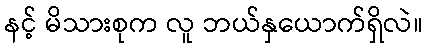
နင့် မိသားစုက လူ ဘယ်နှယောက်ရှိလဲ။